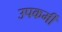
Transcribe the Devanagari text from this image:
उपकर्मी